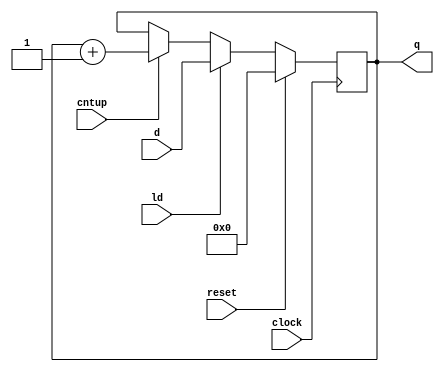
/***************************************************************************************************
*
* Description: Behavioral n-bit up-counter
*              To be used as a generator for machine cycles in the RISC processor
*
***************************************************************************************************/

module cjb_nbit_cntup_v (d, ld, reset, cntup, clock, q);

parameter n = 8;

input       [n-1:0] d;
input               ld, reset, cntup, clock;
output reg  [n-1:0] q;

// behavioral n-bit register instantiation
always @(posedge clock)
  if (reset == 1'b1) q = 0;
  else if (ld == 1'b1) q = d;
  else if (cntup == 1'b1)
    q <= q + 1'b1;
  else q = q;

endmodule